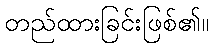
တည်ထားခြင်းဖြစ်၏။